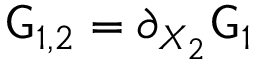
\mathsf { G } _ { 1 , 2 } = \partial _ { X _ { 2 } } \mathsf { G } _ { 1 }